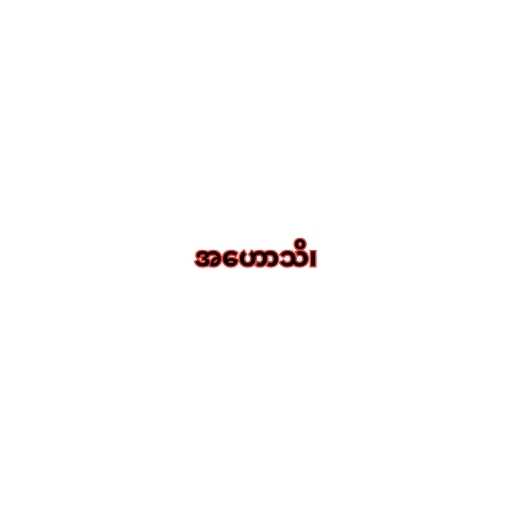
အဟောသိ၊